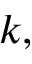
k ,